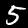
Label: 5